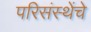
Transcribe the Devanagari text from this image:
परिसंस्थेंचे